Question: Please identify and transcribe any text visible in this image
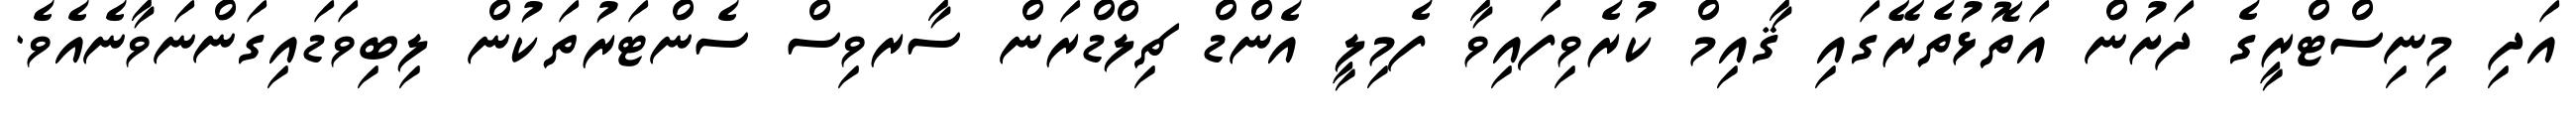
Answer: އަދި މިނިސްޓްރީގެ ދަށުން އަތޮޅުތެރޭގައި ޤާއިމް ކުރެވިފައިވާ ފެމިލީ އެންޑް ޗިލްޑްރަން ސާރވިސް ސެންޓަރުތަކުން ލިބިވަޑައިގަންނަވާނެއެވެ.